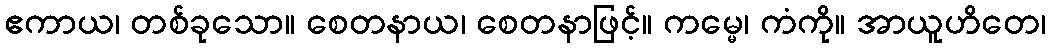
ဧကာယ၊ တစ်ခုသော။ စေတနာယ၊ စေတနာဖြင့်။ ကမ္မေ၊ ကံကို။ အာယူဟိတေ၊